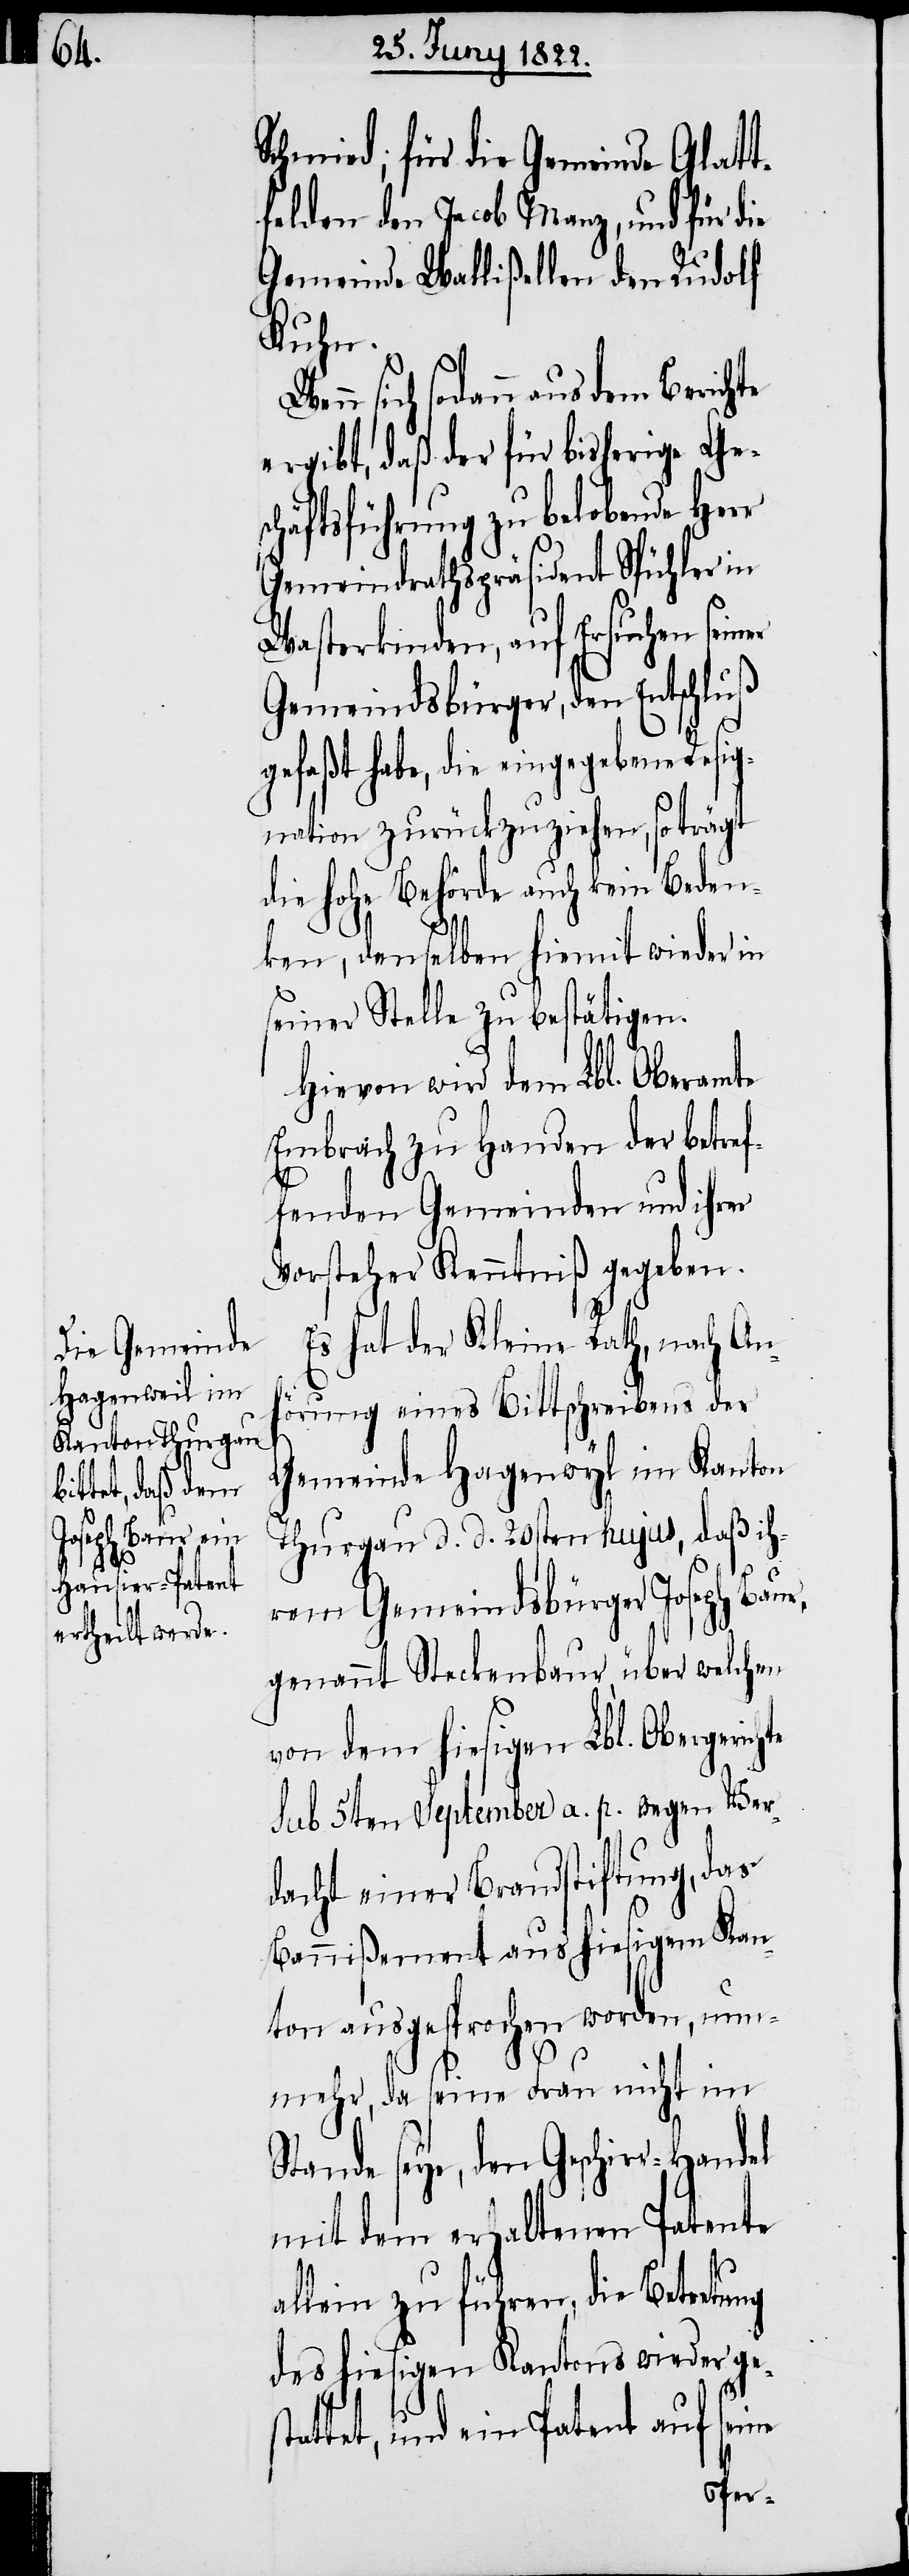
Es hat der Kleine Rath, nach An¬
hörung eines Bittschreibens der
Gemeinde Hagenwyl im Kanton
Thurgau d. d. 20sten hujus, daß ih¬
rem Gemeindsbürger Joseph Baur,
genannt Steckenbaur, über welchen
von dem hiesigen Lbl. Obergerich¬
Sub 5ten September a. p. wegen Ver¬
dacht einer Brandstiftung, das
Bannißement aus hiesigem Kan¬
ton ausgesprochen worden, nun¬
mehr, da seine Frau nicht im
Stande seye, den Geschirr-Handel
mit dem erhaltenen Patente
allein zu führen, die Betretung
des hiesigen Kantons wieder ge¬
stattet, und ein Patent auf seine
te